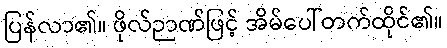
ပြန်လာ၏။ ဖိုလ်ဉာဏ်ဖြင့် အိမ်ပေါ်တက်ထိုင်၏။